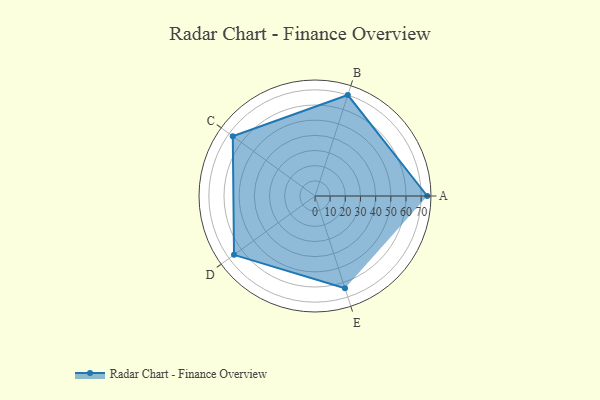
{"axis": {"x": "Skill", "y": "Score"}, "legend": ["Profile"], "data": [{"x": "A", "y": 74.0, "type": "Profile"}, {"x": "B", "y": 70.0, "type": "Profile"}, {"x": "C", "y": 67.0, "type": "Profile"}, {"x": "D", "y": 66.0, "type": "Profile"}, {"x": "E", "y": 64.0, "type": "Profile"}]}